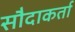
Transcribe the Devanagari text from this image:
सौदाकर्ता